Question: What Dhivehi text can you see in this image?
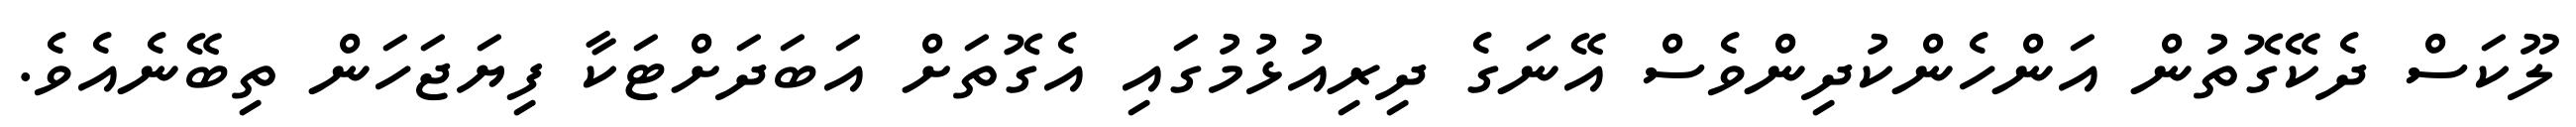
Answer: ލޫކަސް ދެކޭގޮތުން އަންހެންކުދިންވެސް އޭނަގެ ދިރިއުޅުމުގައި އެގޮތަށް އަބަދަށްޓަކާ ފިޔަޖަހަން ތިބޭނެއެވެ.